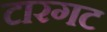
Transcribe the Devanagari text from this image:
टारगट